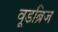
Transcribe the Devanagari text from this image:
वूडब्रिज